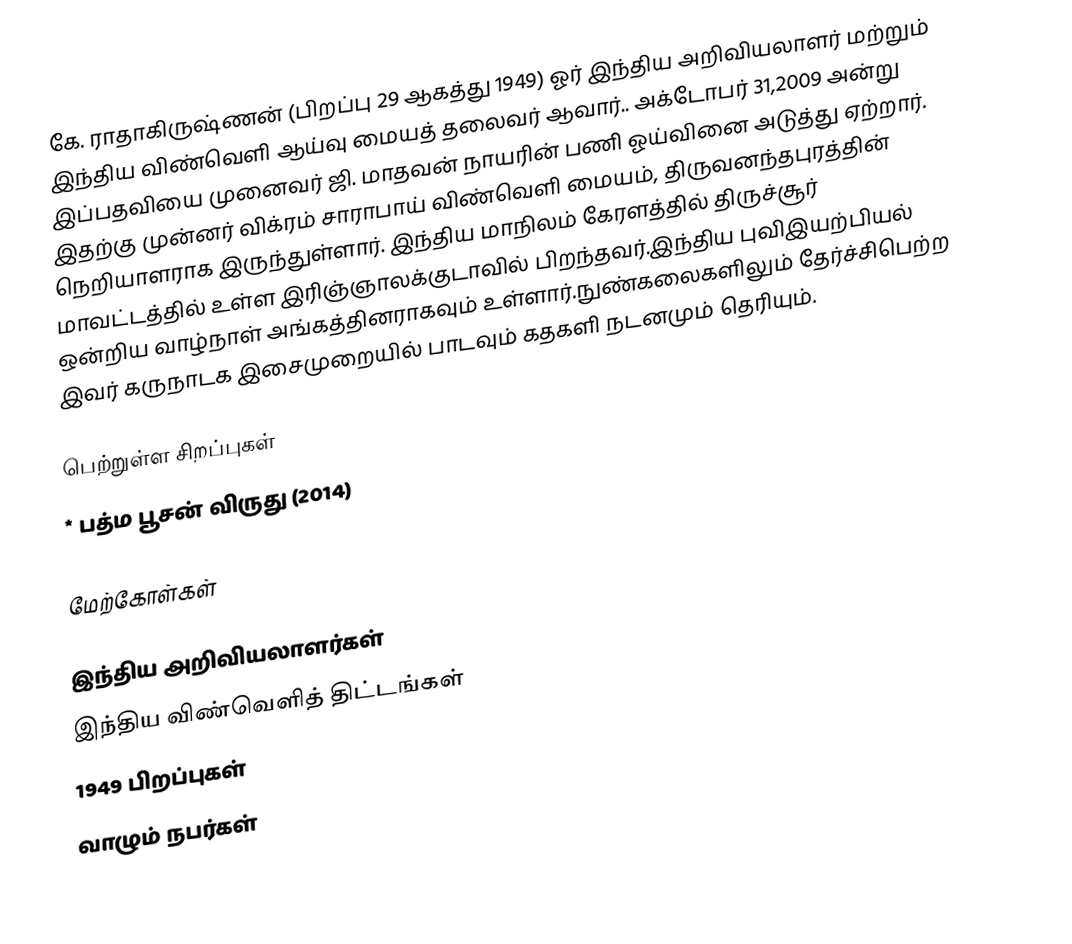
கே. ராதாகிருஷ்ணன் (பிறப்பு 29 ஆகத்து 1949) ஓர் இந்திய அறிவியலாளர் மற்றும் இந்திய விண்வெளி ஆய்வு மையத் தலைவர் ஆவார்.. அக்டோபர் 31,2009 அன்று இப்பதவியை முனைவர் ஜி. மாதவன் நாயரின் பணி ஓய்வினை அடுத்து ஏற்றார். இதற்கு முன்னர் விக்ரம் சாராபாய் விண்வெளி மையம், திருவனந்தபுரத்தின் நெறியாளராக இருந்துள்ளார். இந்திய மாநிலம் கேரளத்தில் திருச்சூர் மாவட்டத்தில் உள்ள இரிஞ்ஞாலக்குடாவில் பிறந்தவர்.இந்திய புவிஇயற்பியல் ஒன்றிய வாழ்நாள் அங்கத்தினராகவும் உள்ளார்.நுண்கலைகளிலும் தேர்ச்சிபெற்ற இவர் கருநாடக இசைமுறையில் பாடவும் கதகளி நடனமும் தெரியும்.

பெற்றுள்ள சிறப்புகள்
 * பத்ம பூசன் விருது (2014)

மேற்கோள்கள்

இந்திய அறிவியலாளர்கள்
இந்திய விண்வெளித் திட்டங்கள்
1949 பிறப்புகள்
வாழும் நபர்கள்